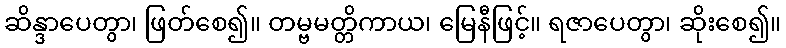
ဆိန္ဒာပေတွာ၊ ဖြတ်စေ၍။ တမ္ဗမတ္တိကာယ၊ မြေနီဖြင့်။ ရဇာပေတွာ၊ ဆိုးစေ၍။